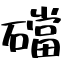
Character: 礑